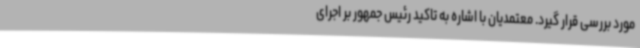
مورد بررسی قرار گیرد. معتمدیان با اشاره به تاکید رئیس جمهور بر اجرای